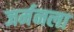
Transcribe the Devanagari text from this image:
जर्मनला